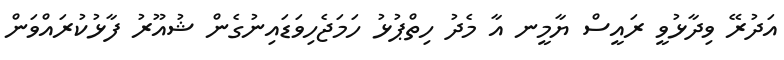
އަދުރޭ ވިދާޅުވީ ރައީސް ޔާމީނ އާ މެދު ހިތްޕުޅު ހަމަޖެހިވަޑައިނުގެން ޝުއޫރު ފާޅުކުރައްވަން